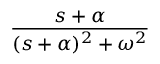
\frac { s + \alpha } { ( s + \alpha ) ^ { 2 } + \omega ^ { 2 } }